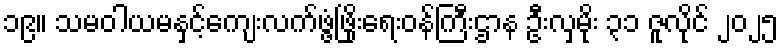
၁၉။ သမဝါယမနှင့်ကျေးလက်ဖွံ့ဖြိုးရေးဝန်ကြီးဌာန ဦးလှမိုး ၃၁ ဇူလိုင် ၂၀၂၅